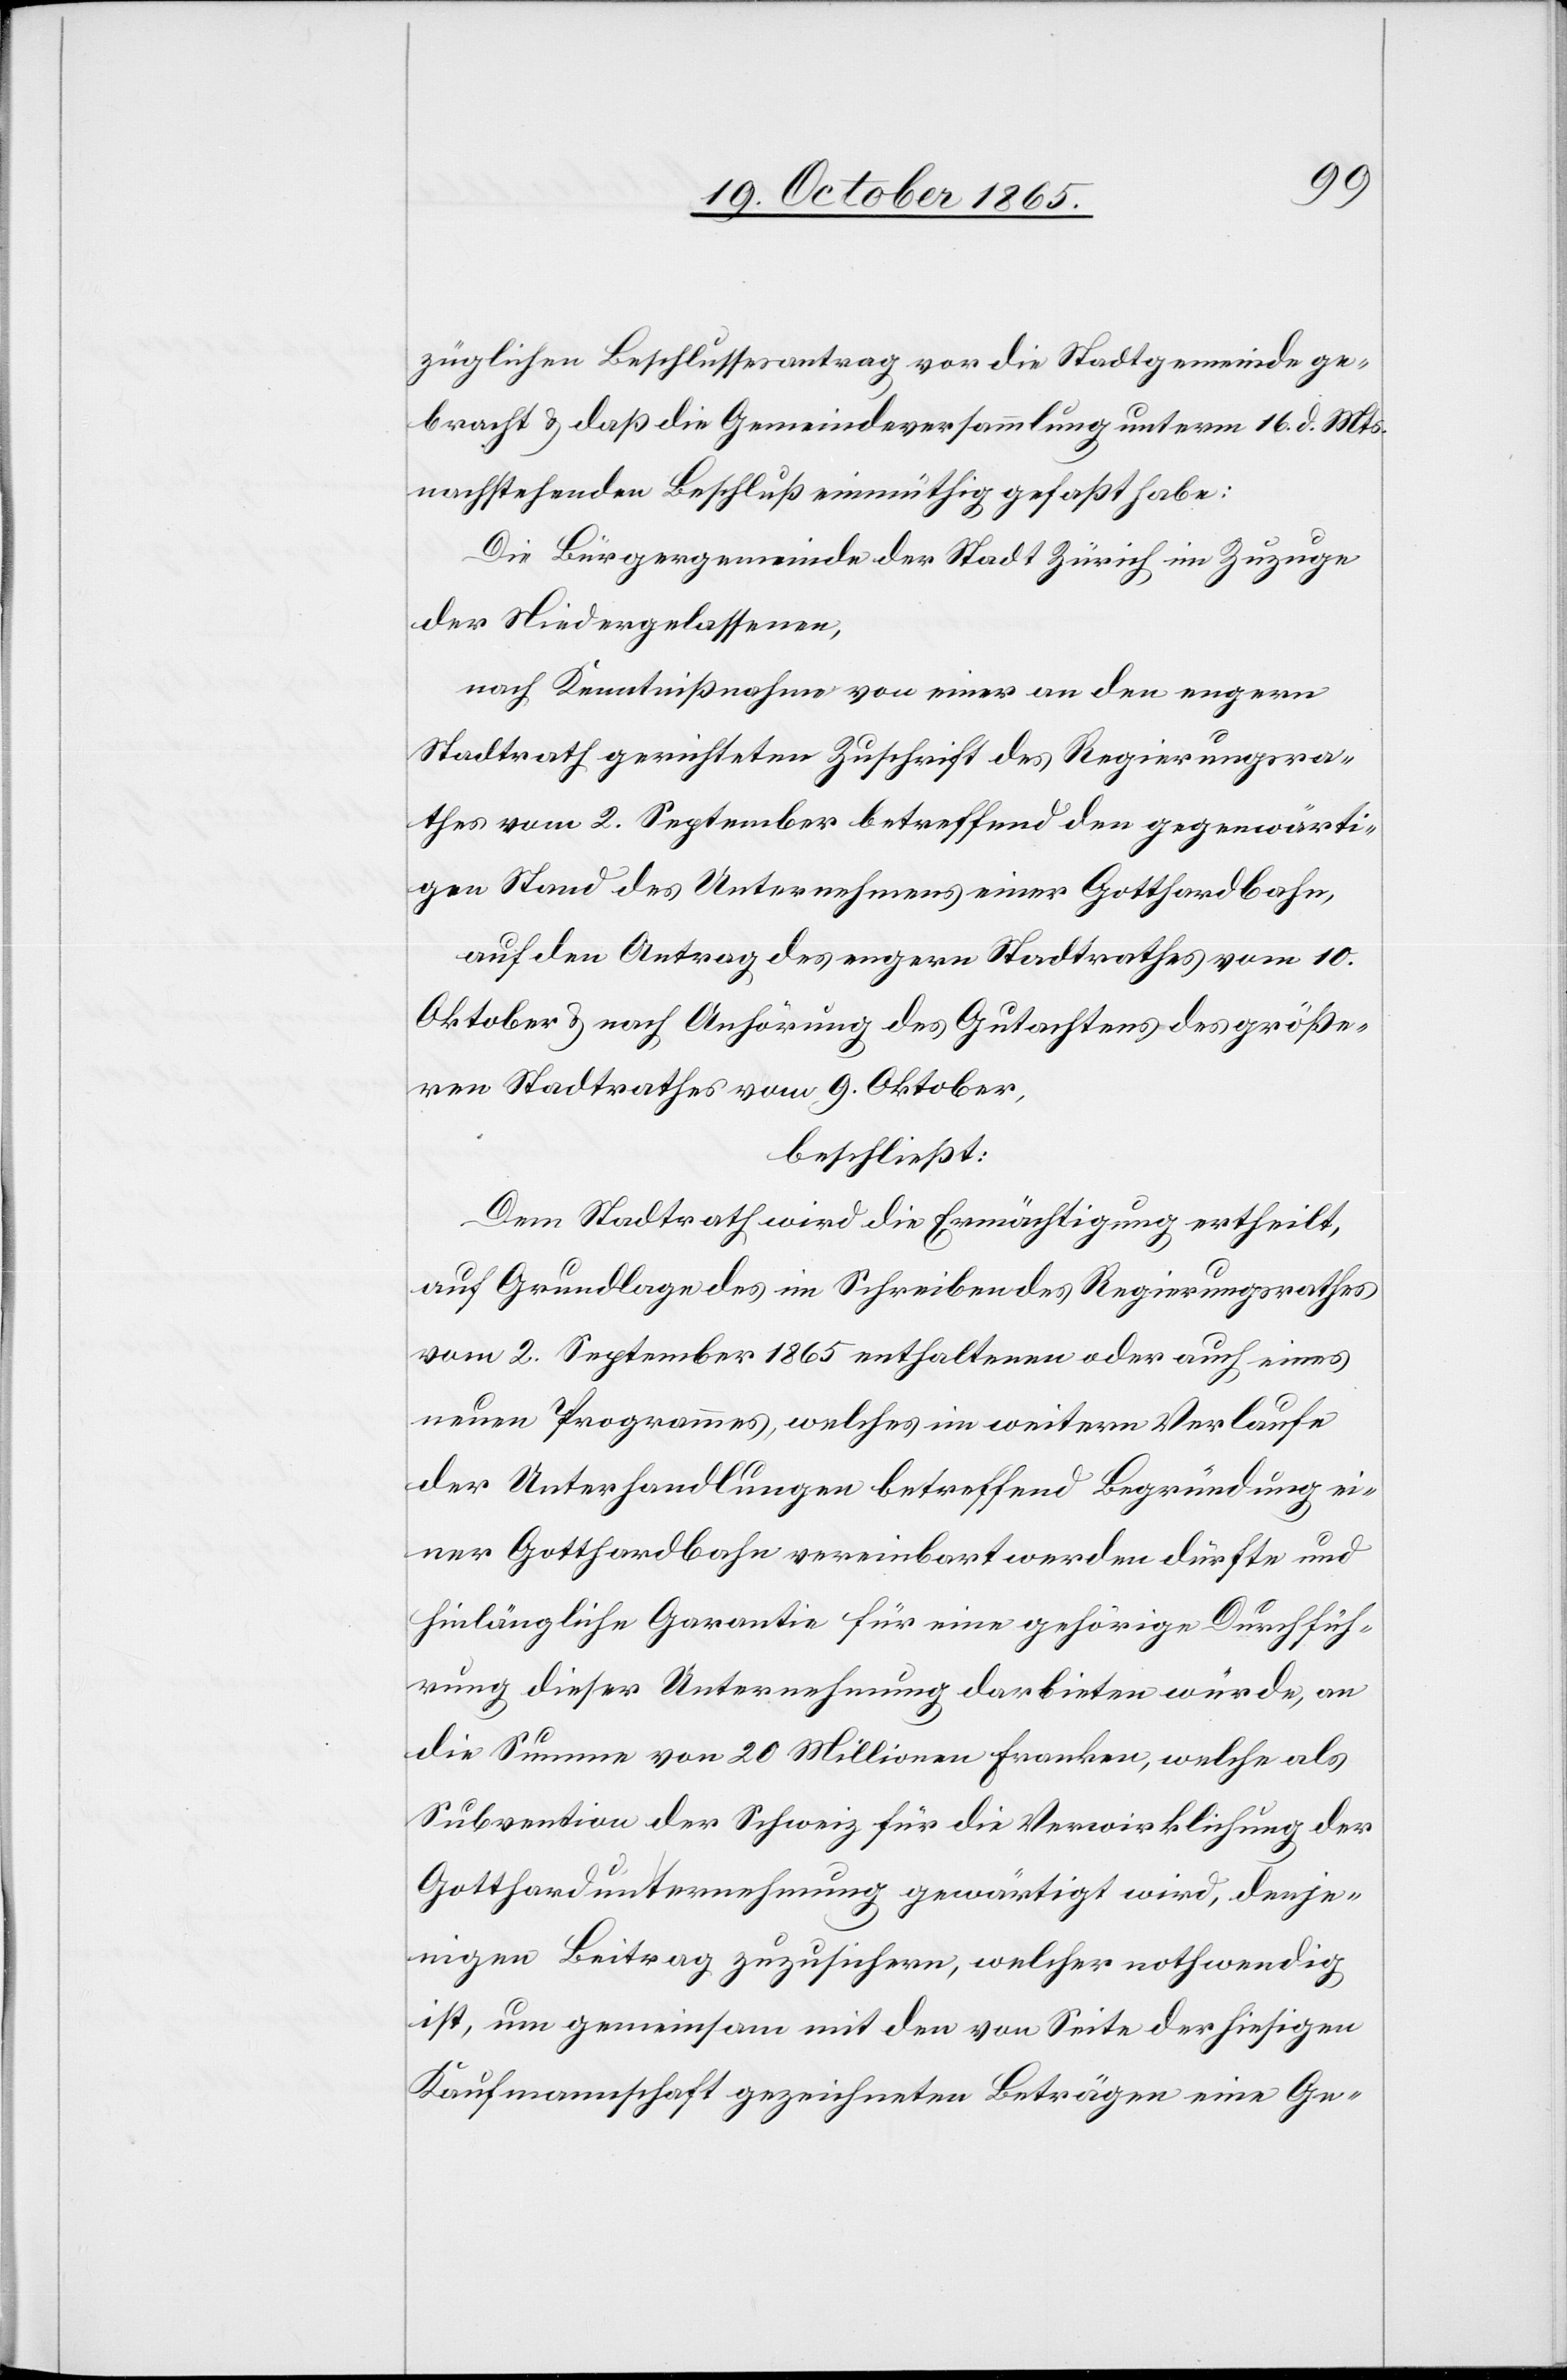
züglichen Beschlussesantrag vor die Stadtgemeinde ge¬
bracht & daß die Gemeindeversammlung unterm 16. d. Mts.
nachstehenden Beschluß einmüthig gefaßt habe:
Die Bürgergemeinde der Stadt Zürich im Zuzuge
der Niedergelassenen,
nach Kenntnißnahme von einer an den engern
Stadtrath gerichteten Zuschrift des Regierungsra¬
thes vom 2. September betreffend den gegenwärti¬
gen Stand des Unternehmens einer Gotthardbahn,
auf den Antrag des engern Stadtrathes vom 10.
Oktober & nach Anhörung des Gutachtens des größe¬
ren Stadtrathes vom 9. Oktober,
beschließt:
Dem Stadtrath wird die Ermächtigung ertheilt,
auf Grundlage des im Schreiben des Regierungsrathes
vom 2. September 1865 enthaltenen oder auch eines
neuen Programmes, welches im weitern Verlaufe
der Unterhandlungen betreffend Begründung ei¬
ner Gotthardbahn vereinbart werden dürfte und
hinlängliche Garantie für eine gehörige Durchfüh¬
rung dieser Unternehmung darbieten würde, an
die Summe von 20 Millionen Franken, welche als
Subvention der Schweiz für die Verwirklichung der
Gotthardunternehmung gewärtigt wird, denje¬
nigen Beitrag zuzusichern, welcher nothwendig
ist, um gemeinsam mit den von Seite der hiesigen
Kaufmannschaft gezeichneten Beträgen eine Ge-